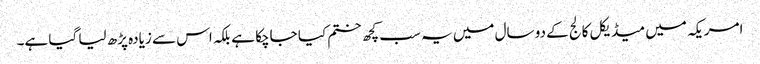
امریکہ میں میڈیکل کالج کے دو سال میں یہ سب کچھ ختم کیا جاچکا ہے بلکہ اس سے زیادہ پڑھ لیا گیا ہے۔